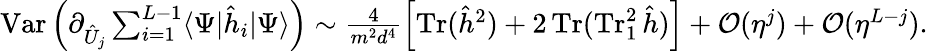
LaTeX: \textstyle\operatorname{Var}\Big(\partial_{\hat{U}_{j}}\sum_{i=1}^{L-1}\langle\Psi|\hat{h}_{i}|\Psi\rangle\Big)\sim\frac{4}{m^{2}d^{4}}\left[\operatorname{Tr}(\hat{h}^{2})+2\operatorname{Tr}(\operatorname{Tr}_{1}^{2}\hat{h})\right]+\mathcal{O}(\eta^{j})+\mathcal{O}(\eta^{L-j}).